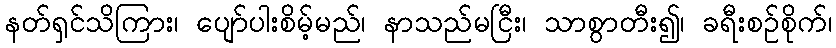
နတ်ရှင်သိကြား၊ ပျော်ပါးစိမ့်မည်၊ နာသည်မငြီး၊ သာစွာတီး၍၊ ခရီးစဉ်စိုက်၊